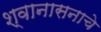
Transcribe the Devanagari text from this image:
श्वानासनाचे